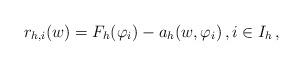
LaTeX: \begin{align*}r_{h,i}(w)=F_h(\varphi_i)-a_h(w,\varphi_i)\,, i \in I_h\,,\end{align*}